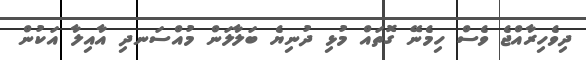
ދިވެހިރާއްޖެ ވެސް ހިމެނޭ ގޮތައް މުޅި ދުނިޔެ ބަލާލަން މުއްސަނދި އާއިލާ އަކުން